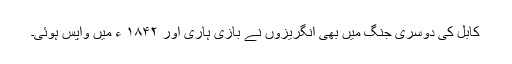
کابل کی دوسری جنگ میں بھی انگریزوں نے بازی ہاری اور ۱۸۴۲ ء میں واپس ہوئی۔